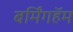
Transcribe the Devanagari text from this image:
बर्मिंगहॅम